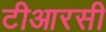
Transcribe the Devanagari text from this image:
टीआरसी